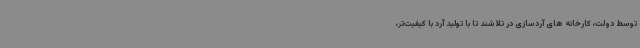
توسط دولت، کارخانه های آردسازی در تلاشند تا با تولید آرد با کیفیت‌تر،